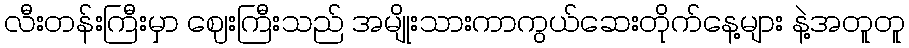
လီးတန်းကြီးမှာ ဈေးကြီးသည် အမျိုးသားကာကွယ်ဆေးတိုက်နေ့များ နဲ့အတူတူ